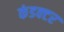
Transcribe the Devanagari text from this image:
कंडक्‍टर